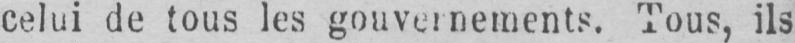
celui de tous les gouvernements. Tous, ils